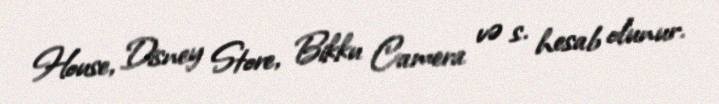
House, Disney Store, Bikku Camera və s. hesab olunur.